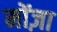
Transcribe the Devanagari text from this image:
मोंज़ा